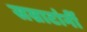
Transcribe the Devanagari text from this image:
सम्राटांनीं